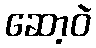
ဆော့ဝဲ